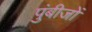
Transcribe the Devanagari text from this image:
पुंबीजों